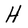
Character: H